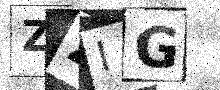
Text: ZZIG